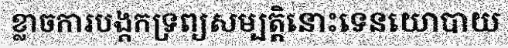
ខ្លាចការបង្កកទ្រព្យសម្បត្តិនោះទេនយោបាយ